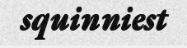
squinniest